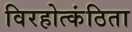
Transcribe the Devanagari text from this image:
विरहोत्कंठिता